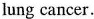
lung cancer.